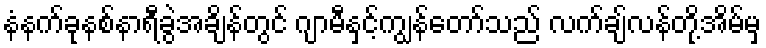
နံနက်ခုနစ်နာရီခွဲအချိန်တွင် ဂျာမီနှင့်ကျွန်တော်သည် လက်ချ်လန်တို့အိမ်မှ